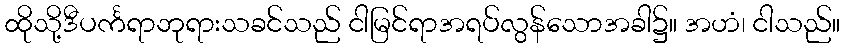
ထိုသို့ဒီပင်္ကရာဘုရားသခင်သည် ငါမြင်ရာအရပ်လွန်သောအခါ၌။ အဟံ၊ ငါသည်။